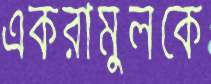
একরামুলকে